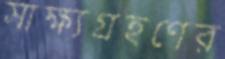
সাক্ষ্যগ্রহণের